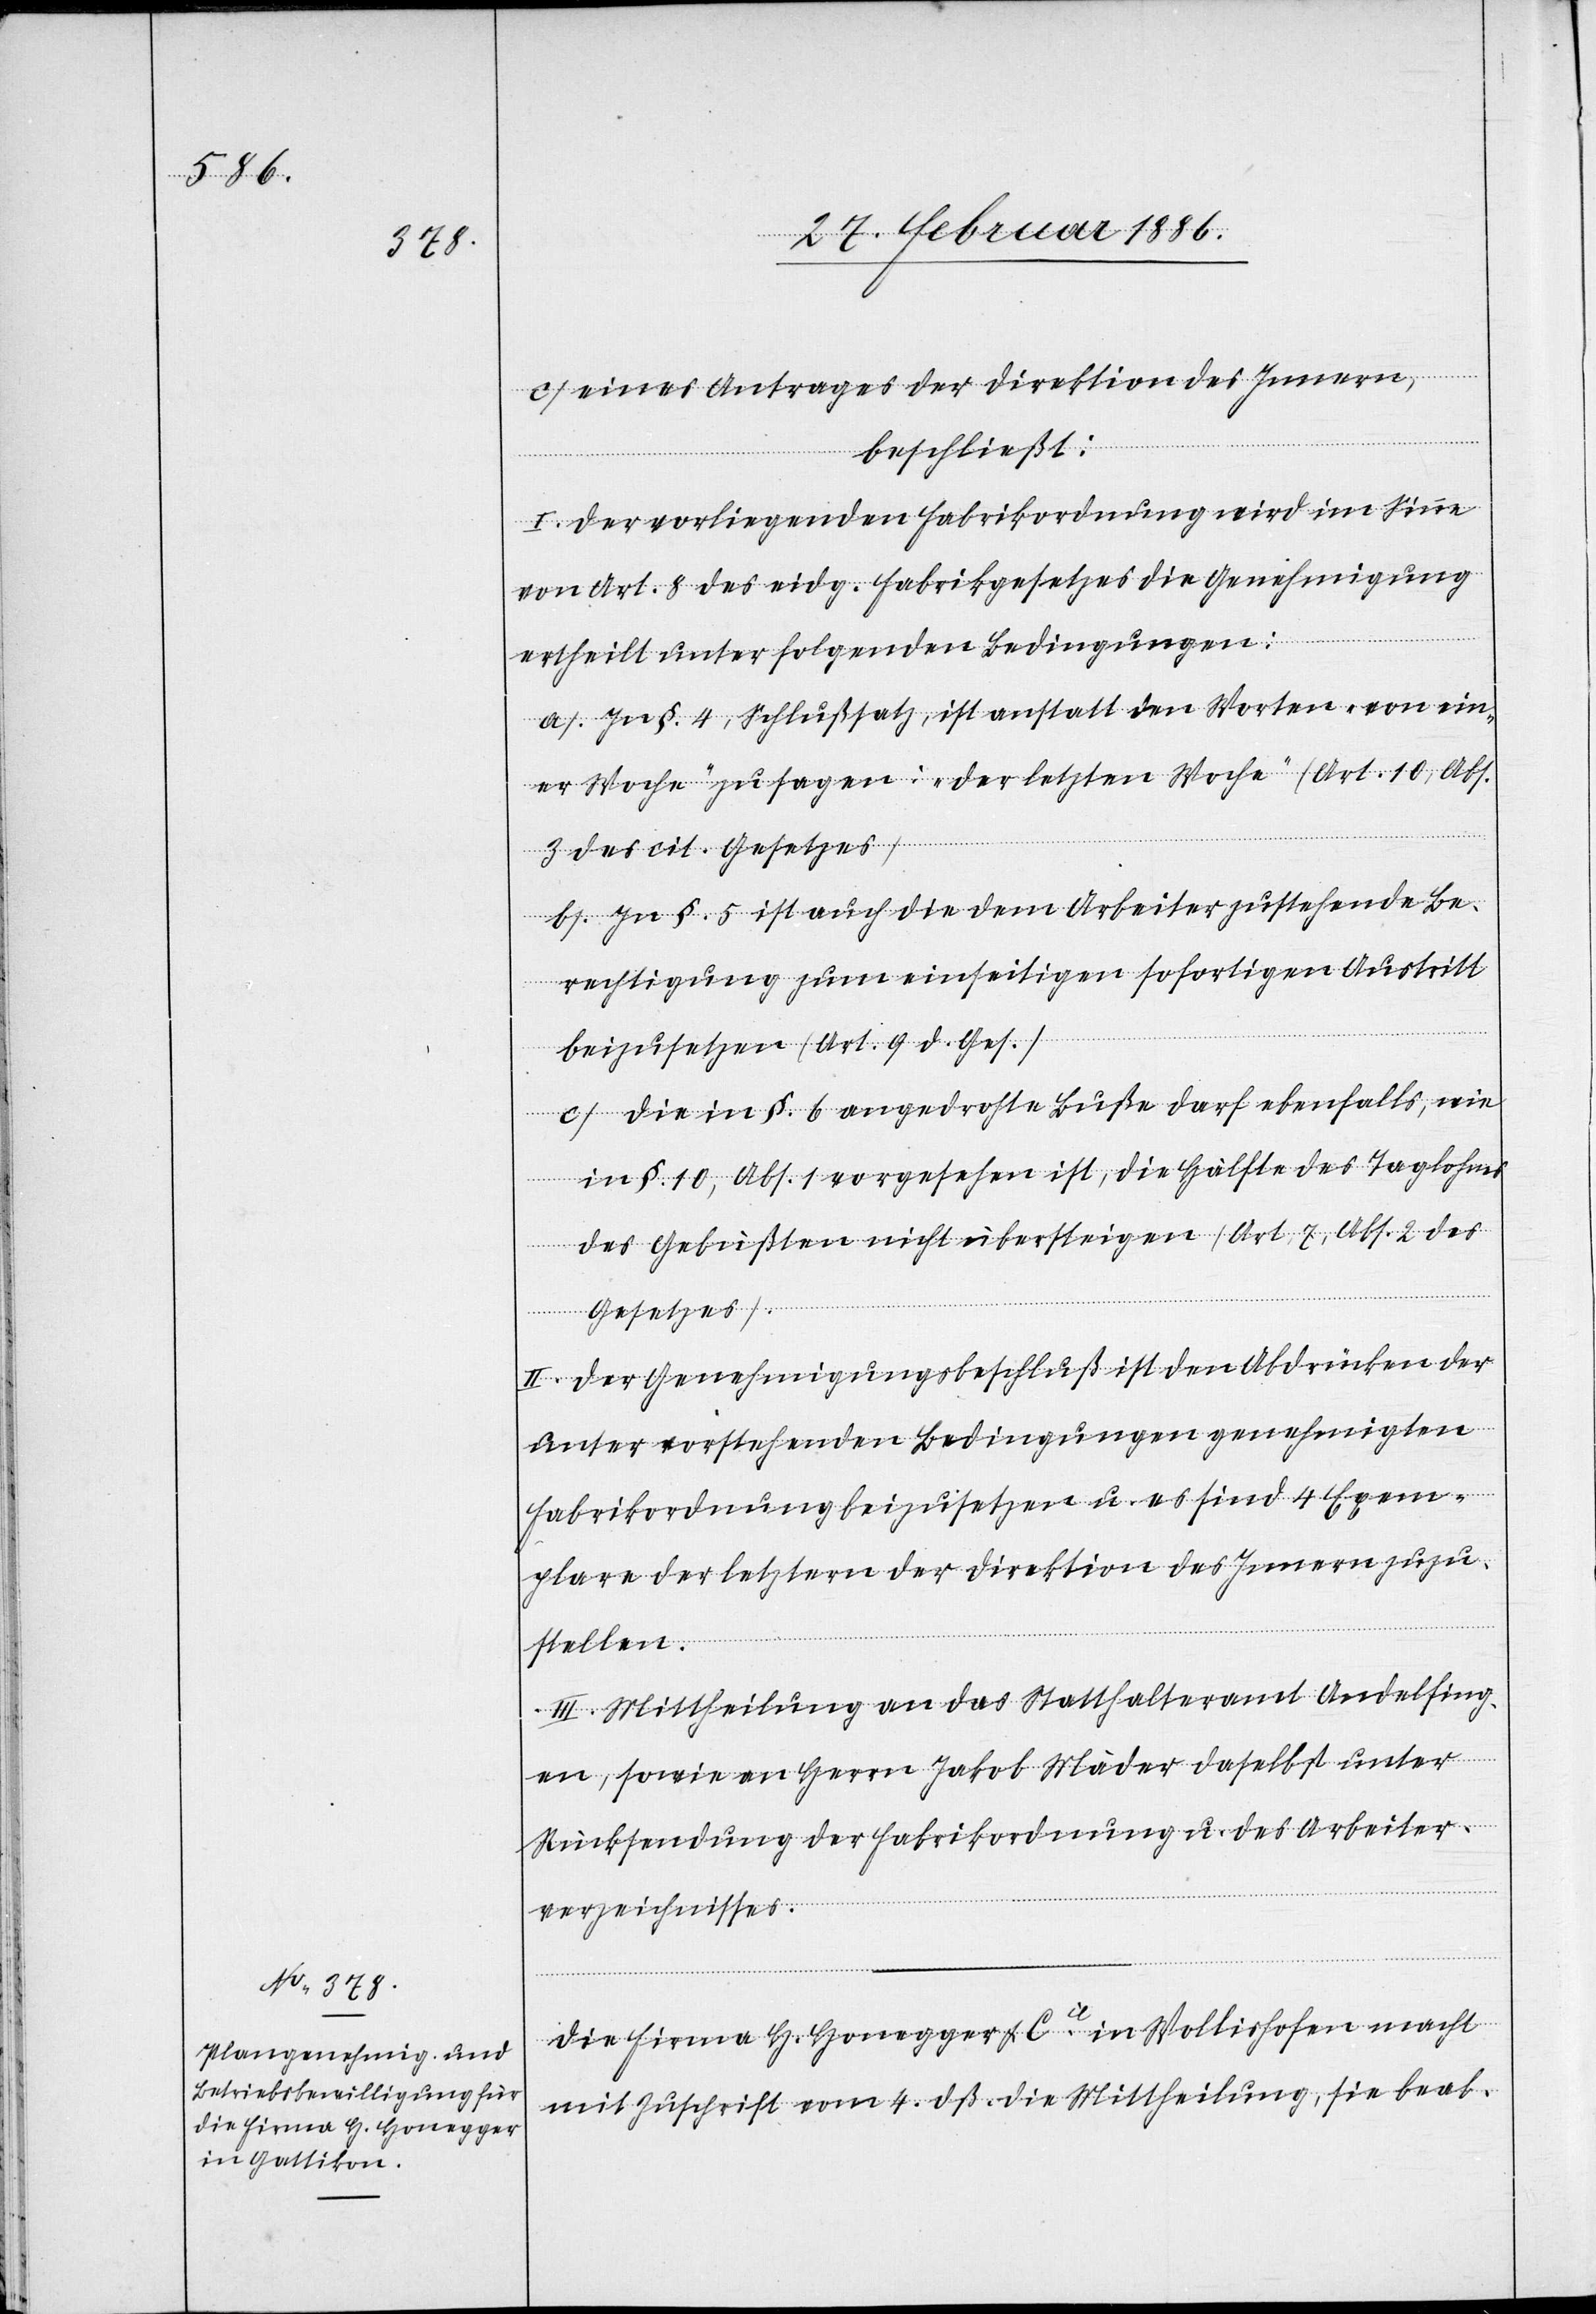
c) eines Antrages der Direktion des Innern,
beschließt:
I. Der vorliegenden Fabrikordnung wird im Sinne
von Art. 8 des eidg. Fabrikgesetzes die Genehmigung
ertheilt unter folgenden Bedingungen:
a) In §. 4, Schlußsatz, ist anstatt in Worten „von ein¬
er Woche“ zu sagen: „Oder letzten Woche“ (Art. 10, Abs.
3 des cit. Gesetzes).
b) In §. 5 ist auch die dem Arbeiter zustehende Be¬
rechtigung zum einseitigen sofortigen Austritt
beizusetzen (Art. 9 d. Ges.).
c) Die in §. 6 angedrohte Buße darf ebenfalls, wie
in §. 10, Abs. 1 vorgesehen ist, die Hälfte des Taglohnes
des Gebüßten nicht übersteigen (Art. 7, Abs. 2 des
Gesetzes).
II. Der Genehmigungsbeschluß ist den Abdrücken der
unter vorstehenden Bedingungen genehmigten
Fabrikordnung beizusetzen u. es sind 4 Exem¬
plare der letztern der Direktion des Innern zuzu¬
stellen.
III. Mittheilung an das Statthalteramt Andelfing¬
en, sowie an Herrn Jakob Mäder daselbst unter
Rücksendung der Fabrikordnung u. des Arbeiter¬
verzeichnisses.
Die Firma H. Honegger & Cie. in Wollishofen macht
mit Zuschrift vom 4. dß. die Mittheilung, sie beab-